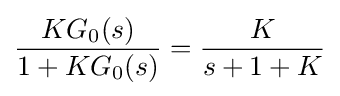
{\frac {KG_{0}(s)}{1+KG_{0}(s)}}={\frac {K}{s+1+K}}